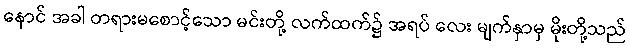
နောင် အခါ တရားမစောင့်သော မင်းတို့ လက်ထက်၌ အရပ် လေး မျက်နှာမှ မိုးတို့သည်